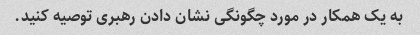
به یک همکار در مورد چگونگی نشان دادن رهبری توصیه کنید.